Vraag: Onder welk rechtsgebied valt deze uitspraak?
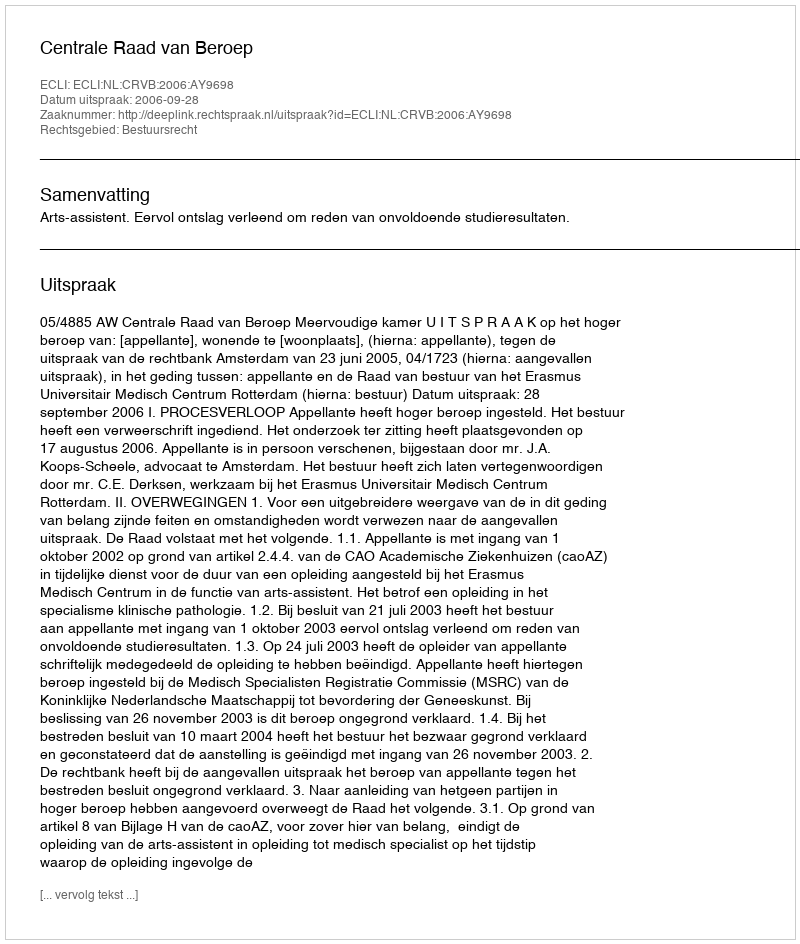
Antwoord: Bestuursrecht